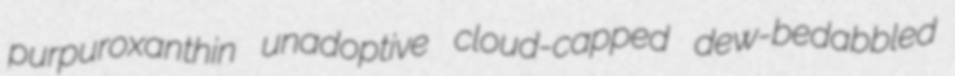
purpuroxanthin unadoptive cloud-capped dew-bedabbled